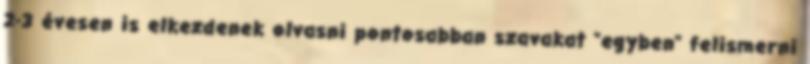
2-3 évesen is elkezdenek olvasni pontosabban szavakat "egyben" felismerni